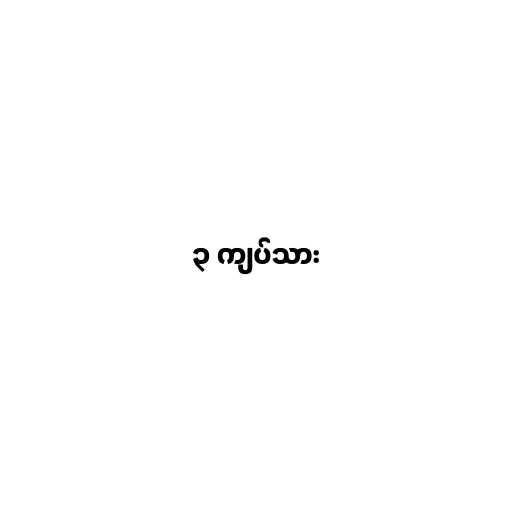
၃ ကျပ်သား